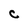
Character: C